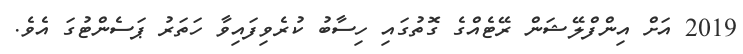
2019 އަށް އިންފްލޭޝަން ރޭޓެއްގެ ގޮތުގައި ހިސާބު ކުރެވިފައިވާ ހަތަރު ޕަސެންޓުގަ އެވެ.